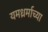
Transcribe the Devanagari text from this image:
यमध्रर्माच्या